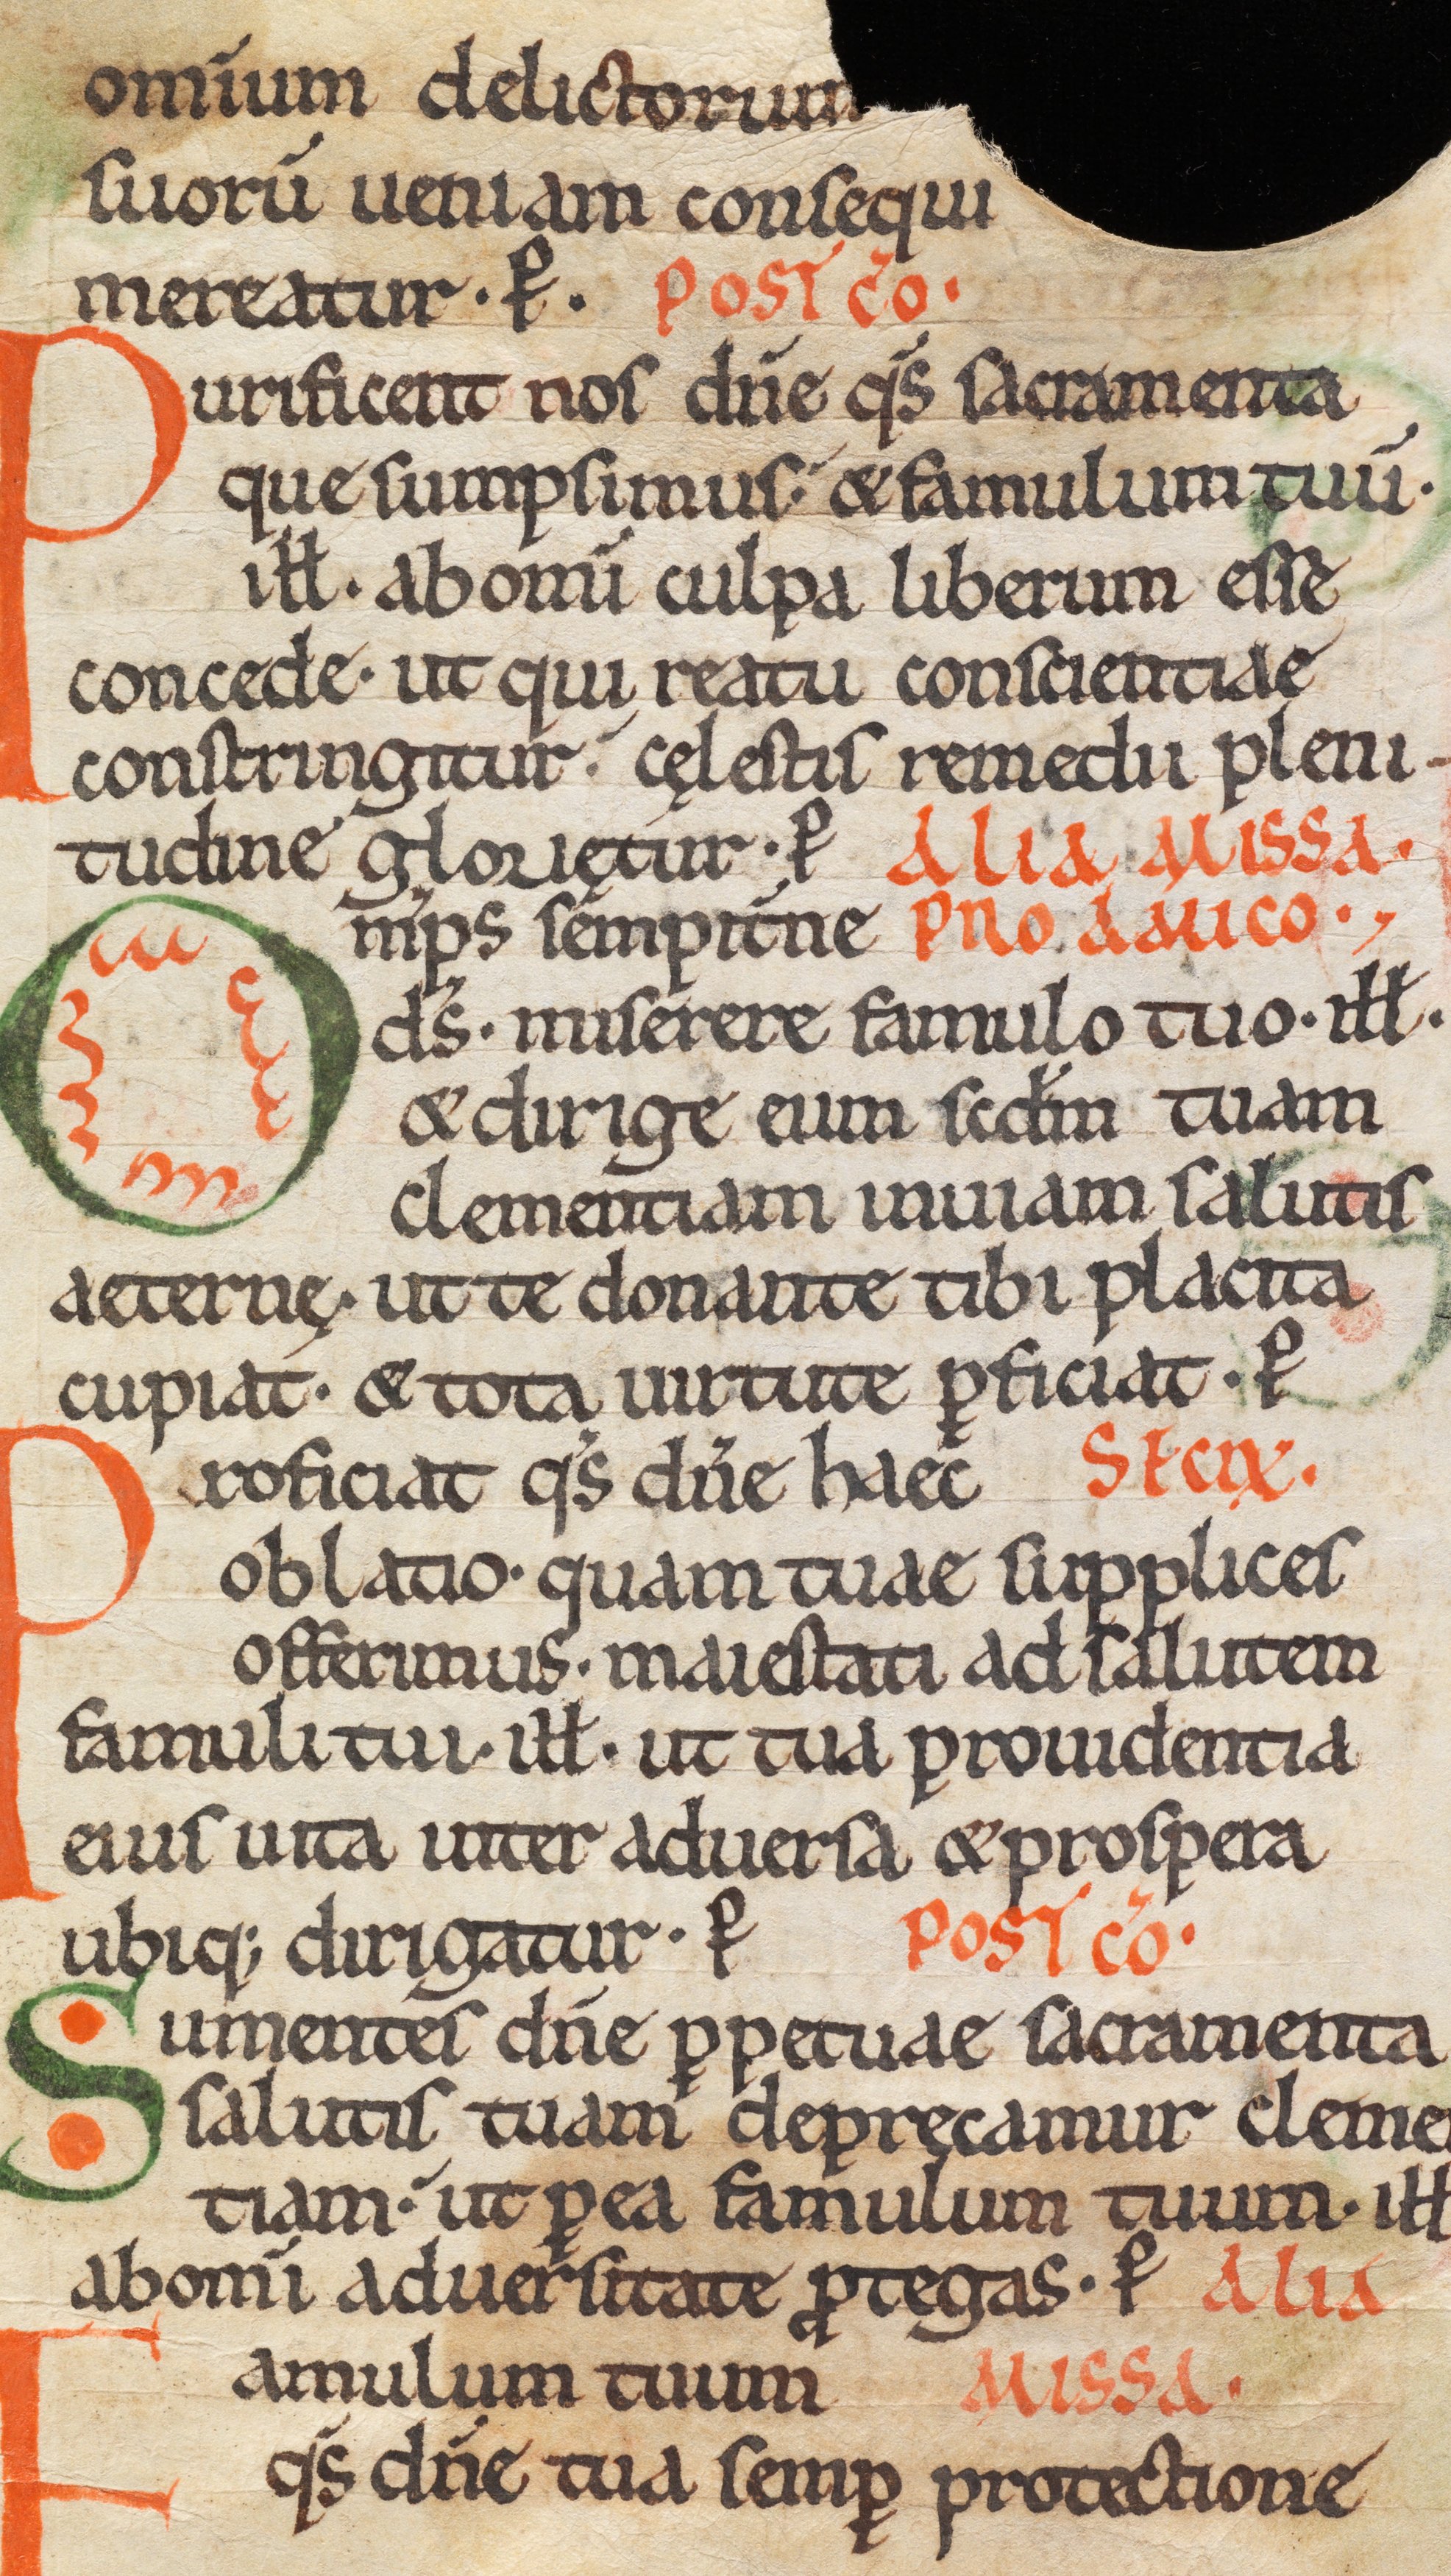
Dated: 1075–1115